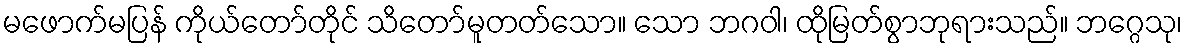
မဖောက်မပြန် ကိုယ်တော်တိုင် သိတော်မူတတ်သော။ သော ဘဂဝါ၊ ထိုမြတ်စွာဘုရားသည်။ ဘဂ္ဂေသု၊